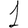
Digit: 1